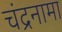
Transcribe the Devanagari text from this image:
चंद्रनामा